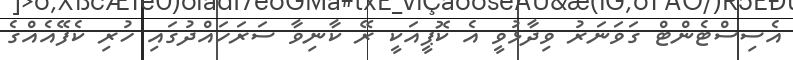
އެސިސްޓެންޓް ގަވަނަރު ވިދާޅުވީ އެ ކޮޕީއަކީ ރޭ ކާނިވާ ސަރަހައްދުގައި ހުރި ކެފޭއެއްގެ